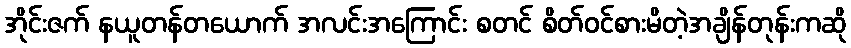
အိုင်းဇက် နယူတန်တယောက် အလင်းအကြောင်း စတင် စိတ်ဝင်စားမိတဲ့အချိန်တုန်းကဆို